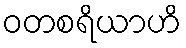
ဝတစရိယာဟိ